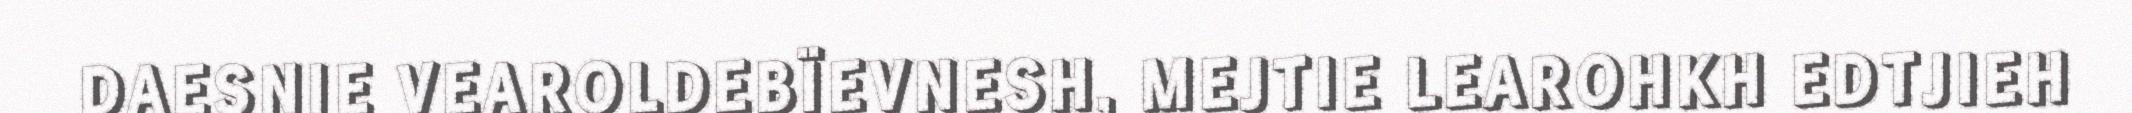
DAESNIE VEAROLDEBÏEVNESH, MEJTIE LEAROHKH EDTJIEH